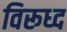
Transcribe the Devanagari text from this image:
विरूध्‍द